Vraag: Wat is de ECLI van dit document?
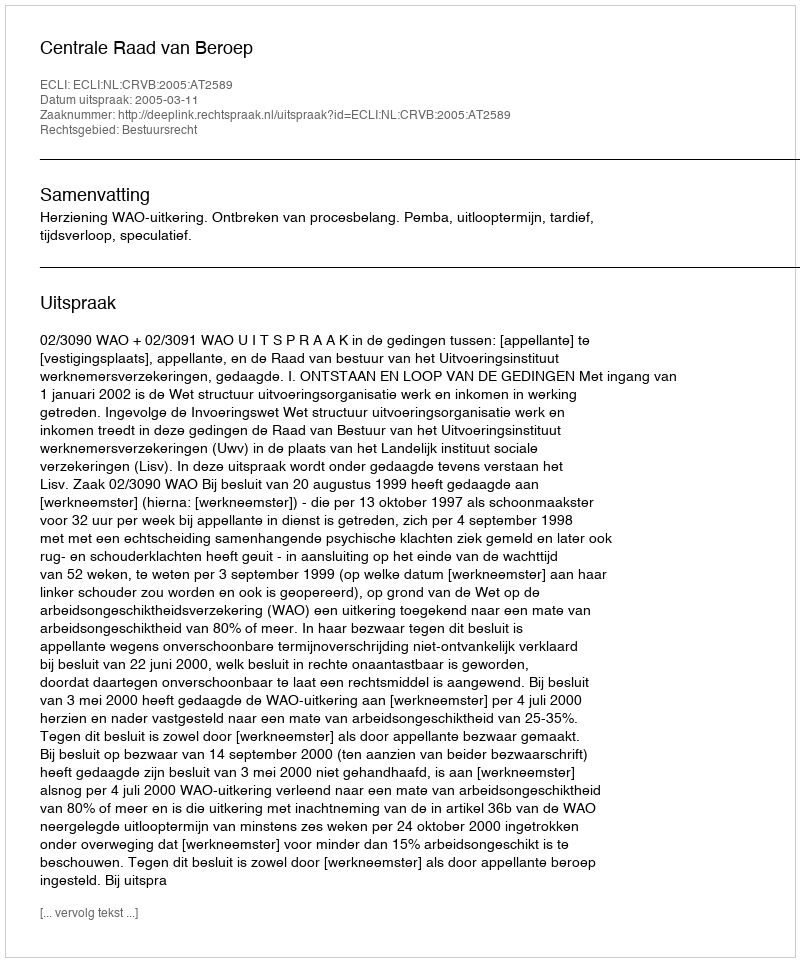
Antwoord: ECLI:NL:CRVB:2005:AT2589